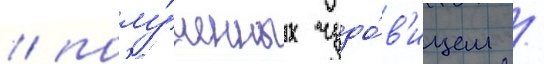
/ полу́ченных чудо́в'ищем /